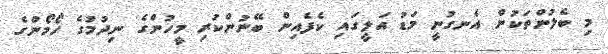
މި ބެލުންތަކުން އެނގުނީ މަޑު އަލީގައި ކެފެއިން ބޭނުންކުރި މީހުންގެ ނިދުމުގެ ހޯމޯންގެ